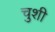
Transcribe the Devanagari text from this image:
चुशी